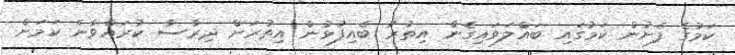
ކަމުގެ ފެށުން ކަމުގައި ބައްލަވައިގެން އިތުރު ބެއިފުޅުން އިތުރަށް ދިރާސާ ކުރައްވާނެ ކަމަށް